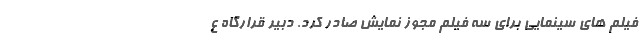
فیلم های سینمایی برای سه فیلم مجوز نمایش صادر کرد. دبیر قرارگاه ع